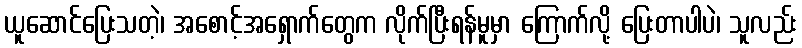
ယူဆောင်ပြေးသတဲ့၊ အစောင့်အရှောက်တွေက လိုက်ပြီးရန်မူမှာ ကြောက်လို့ ပြေးတာပါပဲ၊ သူလည်း